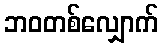
ဘဝတစ်လျှောက်